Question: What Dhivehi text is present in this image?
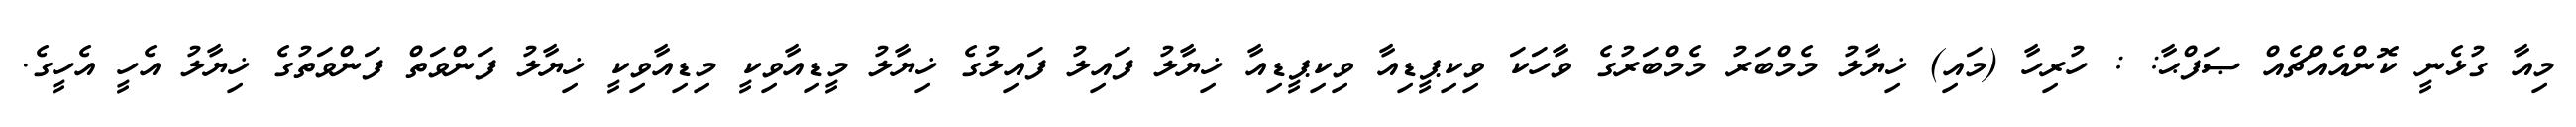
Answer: މިއާ ގުޅެނީ ކޮންއެއްޗެއް ޞަފްޙާ: : ހުރިހާ (މައި) ޚިޔާލު މެމްބަރު މެމްބަރުގެ ވާހަކަ ވިކިޕީޑިއާ ވިކިޕީޑިއާ ޚިޔާލު ފައިލު ފައިލުގެ ޚިޔާލު މީޑިއާވިކީ މިޑިއާވިކީ ޚިޔާލު ފަންވަތް ފަންވަތުގެ ޚިޔާލު އެހީ އެހީގެ.